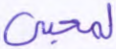
لمحيي